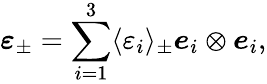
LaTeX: \boldsymbol\varepsilon_{\pm}=\sum_{i=1}^{3}\langle\varepsilon_{i}\rangle_{\pm}\boldsymbol e_{i}\otimes\boldsymbol e_{i},